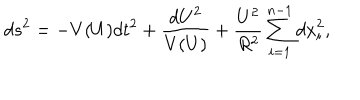
LaTeX: { d s } ^ { 2 } = - V ( U ) { d t } ^ { 2 } + \frac { { d U } ^ { 2 } } { V ( U ) } + \frac { U ^ { 2 } } { R ^ { 2 } } \sum _ { i = 1 } ^ { n - 1 } { d x } _ { i } ^ { 2 } ,